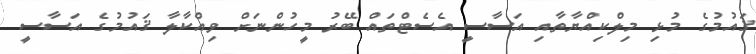
ޤައުމުގެ މުޅި މިލްކިއްޔާތާއި އަސާސީ އެސެޓްތައް ބޭރު މީހުންނަށް ވިއްކާލާ ޤައުމުގެ އަސާސީ